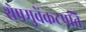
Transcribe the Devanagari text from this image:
शेषमुवेंकटपति